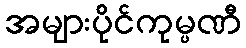
အများပိုင်ကုမ္ပဏီ